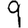
Digit: 9